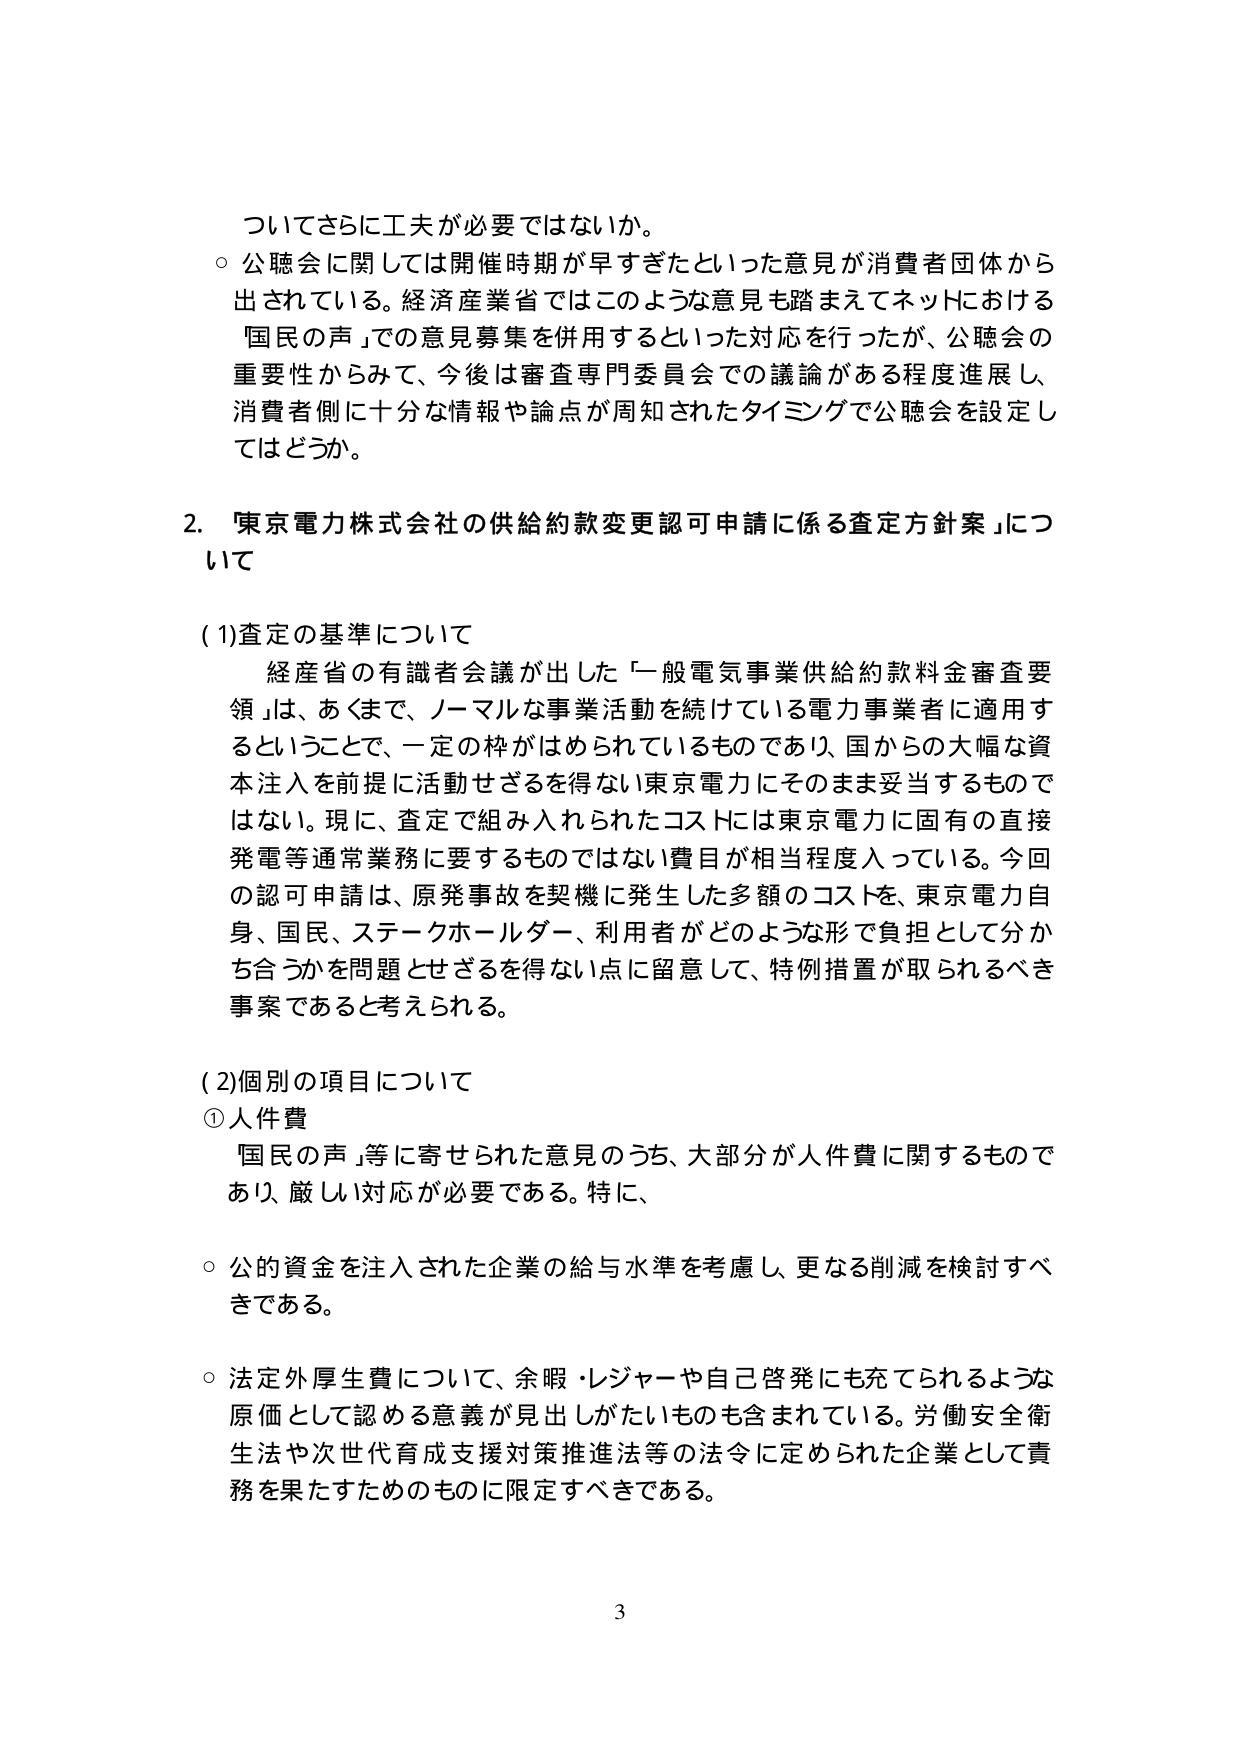
ついてさらに工夫が必要ではないか。

○ 公聴会に関しては開催時期が早すぎたといった意見が消費者団体から出されている。経済産業省ではこのような意見も踏まえてネットにおける「国民の声」での意見募集を併用するといった対応を行ったが、公聴会の重要性からみて、今後は審査専門委員会での議論がある程度進展し、消費者側に十分な情報や論点が周知されたタイミングで公聴会を設定してはどうか。

2. 「東京電力株式会社の供給約款変更認可申請に係る査定方針案」について

(1)査定の基準について
経産省の有識者会議が出した「一般電気事業供給約款料金審査要領」は、あくまで、ノーマルな事業活動を続けている電力事業者に適用するということで、一定の枠がはめられているものであり、国からの大幅な資本注入を前提に活動せざるを得ない東京電力にそのまま妥当するものではない。現に、査定で組み入れられたコストには東京電力に固有の直接発電等通常業務に要するものではない費目が相当程度入っている。今回の認可申請は、原発事故を契機に発生した多額のコストを、東京電力自身、国民、ステークホルダー、利用者がどのような形で負担として分かち合うかを問題とせざるを得ない点に留意して、特例措置が取られるべき事案であると考えられる。

(2)個別の項目について
①人件費
「国民の声」等に寄せられた意見のうち、大部分が人件費に関するものであり、厳しい対応が必要である。特に、

○ 公的資金を注入された企業の給与水準を考慮し、更なる削減を検討すべきである。

○ 法定外厚生費について、余暇・レジャーや自己啓発にも充てられるような原価として認める意義が見出しがたいものも含まれている。労働安全衛生法や次世代育成支援対策推進法等の法令に定められた企業として責務を果たすためのものに限定すべきである。

3